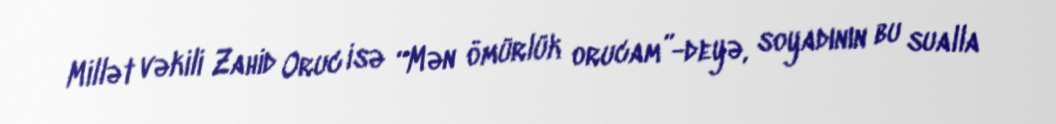
Millət vəkili Zahid Oruc isə “Mən ömürlük orucam”-deyə, soyadının bu sualla